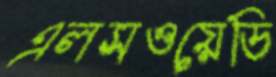
এলসওয়েডি